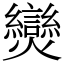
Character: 𤓖